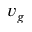
v _ { g }